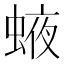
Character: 𧌊